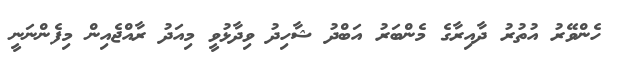
ހެންވޭރު އުތުރު ދާއިރާގެ މެންބަރު އަބްދު ޝާހިދު ވިދާޅުވީ މިއަދު ރާއްޖެއިން މިފެންނަނީ